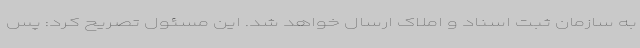
به سازمان ثبت اسناد و املاک ارسال خواهد شد. این مسئول تصریح کرد: پس